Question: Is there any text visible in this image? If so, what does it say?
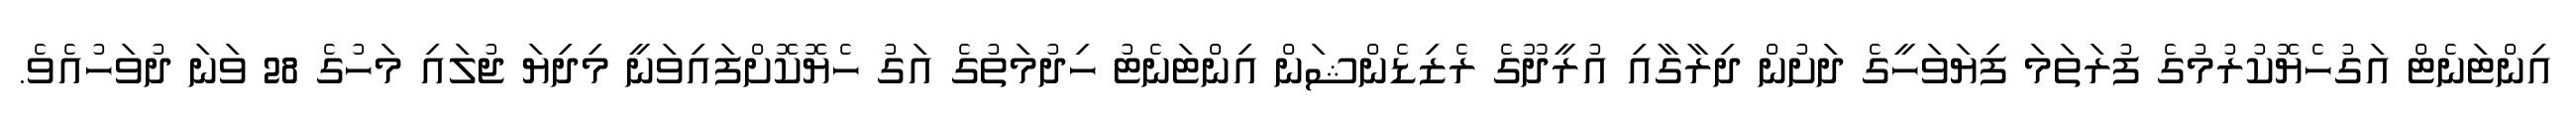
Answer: އިންޓަނެޓް އަގުހެޔޮކުރުމުގެ ފުރަތަމަ ފިޔަވަހީގެ ދަށުން ދިރާގާއި އުރީދޫގެ ރެޒިޑެންޝަން އިންޓަނެޓު ހިދުމަތުގެ އަގު ހެޔޮކޮށްފައިވަނީ މިދިޔަ ޖުލައި މަހުގެ 28 ވަނަ ދުވަހުއެވެ.